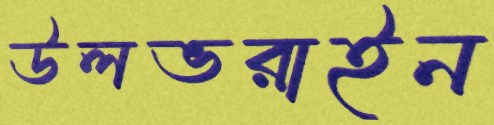
উলভরাইন